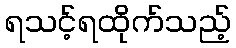
ရသင့်ရထိုက်သည့်